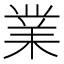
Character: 業